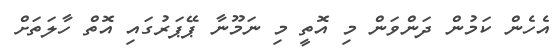
އެހެން ކަމުން ދަންވަން މި އޮތީ މި ނަމޫނާ ޕޭޕަރުގައި އޮތް ހާލަތަށް